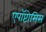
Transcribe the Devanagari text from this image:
एपॉप्टोसिस